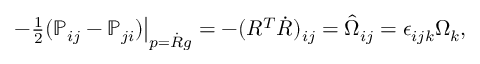
\begin{array} { r } { \left. - \frac 1 2 ( { \mathbb P } _ { i j } - { \mathbb P } _ { j i } ) \right| _ { p = \dot { R } g } = - ( R ^ { T } \dot { R } ) _ { i j } = \hat { \Omega } _ { i j } = \epsilon _ { i j k } \Omega _ { k } , } \end{array}